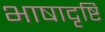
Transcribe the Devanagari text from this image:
भाषादृष्टि